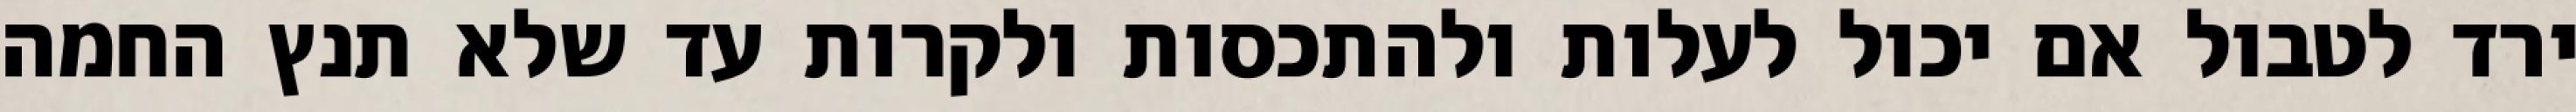
ירד לטבול אם יכול לעלות ולהתכסות ולקרות עד שלא תנץ החמה